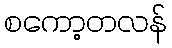
စကော့တလန်